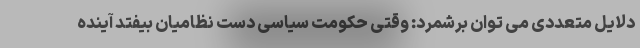
دلایل متعددی می توان برشمرد: وقتی حکومت سیاسی دست نظامیان بیفتد آینده